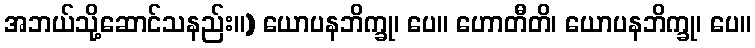
အဘယ်သို့ဆောင်သနည်း။) ယောပနဘိက္ခု၊ ပေ။ ဟောတီတိ၊ ယောပနဘိက္ခု၊ ပေ။